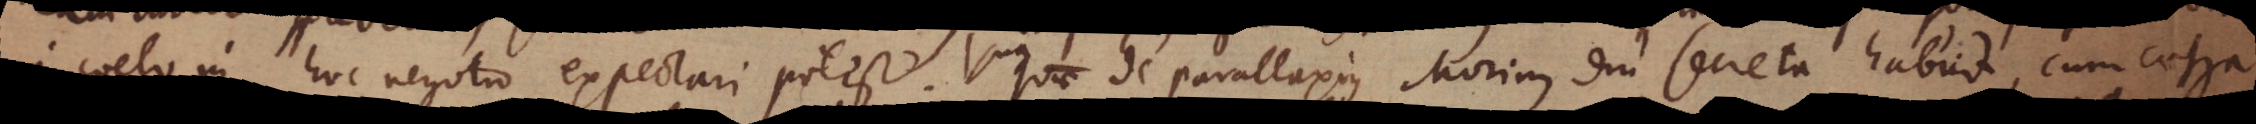
a coelo in hoc negotio expectari potest. Quae de parallaxibus Morinus diu secreta habuit, cum caetera